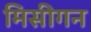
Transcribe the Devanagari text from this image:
मिसीगन